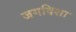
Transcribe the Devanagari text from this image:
जगदिशा